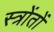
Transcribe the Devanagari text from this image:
स्त्रोंतों